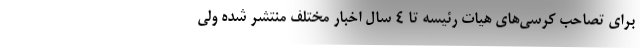
برای تصاحب کرسی‌های هیات رئیسه تا ۴ سال اخبار مختلف منتشر شده ولی